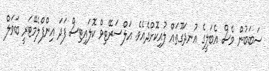
ސަބަބުން ވެސް އެބަލީގެ އުނދަގޫތައް ލުއިކޮށްދެއެވެ. އަލްސަރޭޓިވް ކޮލައިޓިސް ފަދަ އިންފްލެމޭޓަރީ ބަވަލް